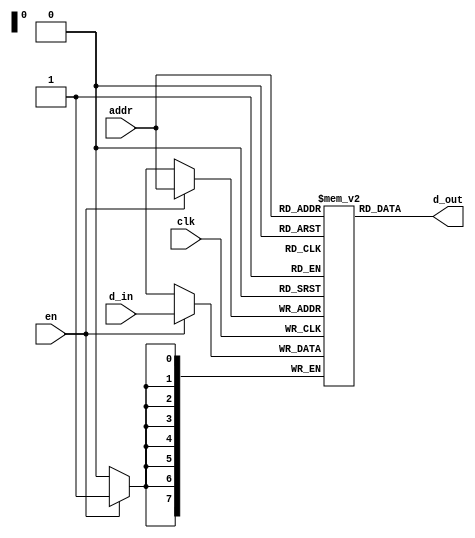
`timescale 1ns/100ps

module data_mem # (
    parameter WIDTH = 8
)(  
    clk,
    en,
    addr,
    d_in,
    d_out
);
input clk, en;
input [WIDTH-1:0] addr;
input [WIDTH-1:0] d_in;
output [WIDTH-1:0] d_out;

reg [WIDTH-1:0] MEM [(2**WIDTH)-1:0];

integer i = 0;

initial begin
    for(i=0;i<(2**WIDTH);i=i+1) begin
        MEM[i] = {WIDTH{1'b0}};
    end
end

always @(posedge clk) begin
    if(en) begin
        MEM[addr] <= d_in;
    end
end

assign d_out = MEM[addr];

endmodule